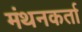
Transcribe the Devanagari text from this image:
मंथनकर्ता